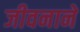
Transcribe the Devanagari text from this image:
जीवनाने